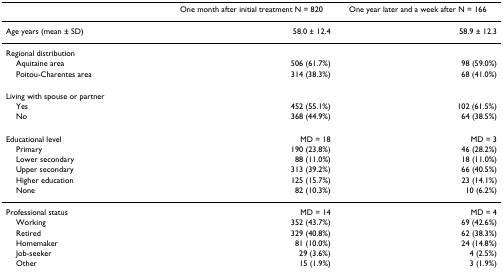
|  | One month after initial treatment N = 820 | One year later and a week after N = 166 |
 | --- | --- | --- |
 | Age years (mean ± SD) | 58.0 ± 12.4 | 58.9 ± 12.3 |
 | Regional distribution |  |  |
 | Aquitaine area | 506 (61.7%) | 98 (59.0%) |
 | Poitou-Charentes area | 314 (38.3%) | 68 (41.0%) |
 | Living with spouse or partner |  |  |
 | Yes | 452 (55.1%) | 102 (61.5%) |
 | No | 368 (44.9%) | 64 (38.5%) |
 | Educational level | MD = 18 | MD = 3 |
 | Primary | 190 (23.8%) | 46 (28.2%) |
 | Lower secondary | 88 (11.0%) | 18 (11.0%) |
 | Upper secondary | 313 (39.2%) | 66 (40.5%) |
 | Higher education | 125 (15.7%) | 23 (14.1%) |
 | None | 82 (10.3%) | 10 (6.2%) |
 | Professional status | MD = 14 | MD = 4 |
 | Working | 352 (43.7%) | 69 (42.6%) |
 | Retired | 329 (40.8%) | 62 (38.3%) |
 | Homemaker | 81 (10.0%) | 24 (14.8%) |
 | Job-seeker | 29 (3.6%) | 4 (2.5%) |
 | Other | 15 (1.9%) | 3 (1.9%) |